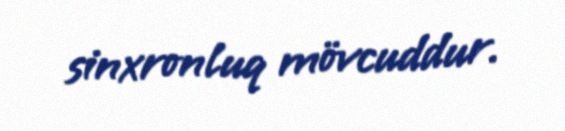
sinxronluq mövcuddur.